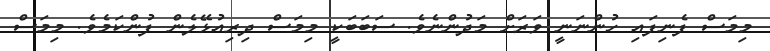
މިމަސް ފެނިފައި ހުންނަނީ ވަރަށް މަދުންނެވެ. ސަބަބަކީ މިމަސް ދިރިއުޅޭލެން ފުންކަމެވެ. މިމަސް